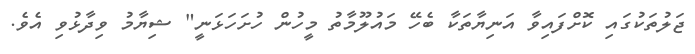
ޖަލުތަކުގައި ކޮށްފައިވާ އަނިޔާތަކާ ބެހޭ މައުލޫމާތު މީހުން ހުށަހަޅަނީ" ޝިޔާމު ވިދާޅުވި އެވެ.